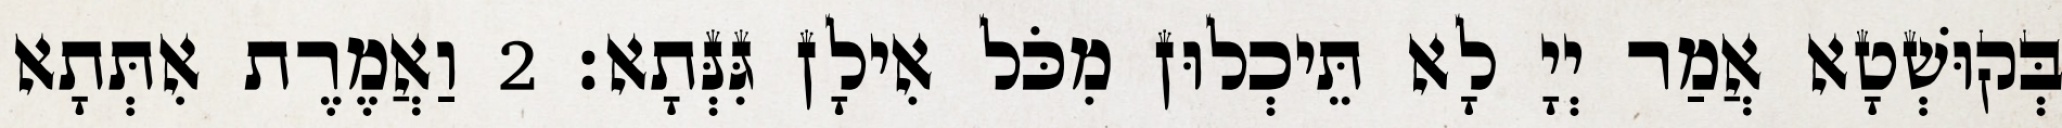
בְּקוּשְׁטָא אֲמַר יְיָ לָא תֵּיכְלוּן מִכֹּל אִילָן גִּנְּתָא׃ 2 וַאֲמֶרֶת אִתְּתָא